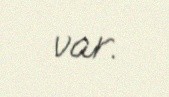
var.